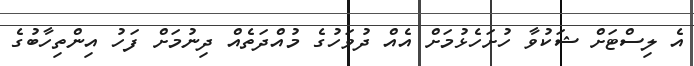
އެ ލިސްޓަށް ޝަކުވާ ހުށަހެޅުމަށް އެއް ދުވަހުގެ މުއްދަތެއް ދިނުމަށް ފަހު އިންތިހާބުގެ